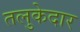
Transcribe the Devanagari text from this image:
तलुकेदार